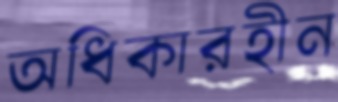
অধিকারহীন